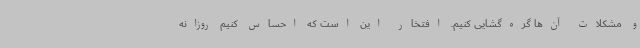
و مشکلات آن‌ها گره‌گشایی کنیم. افتخار این است که احساس کنیم روزانه